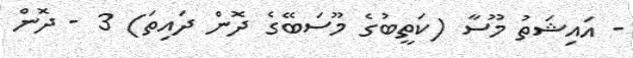
- އައިޝަތު މޫސާ (ކަތީބުގެ މޫސަބޭގެ ދޮން ދައިތަ) 3 - ދޮން